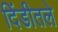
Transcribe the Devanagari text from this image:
दिंडीतले